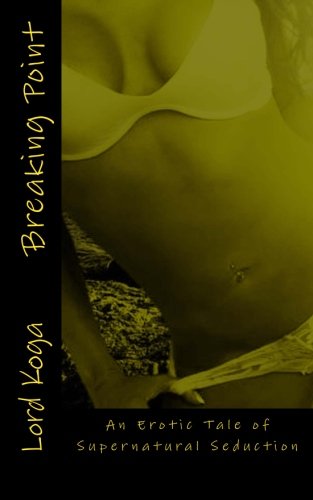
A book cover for Breaking Point: An Erotic Tale of Supernatural Seduction; Lord Koga; Romance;